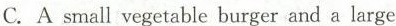
C. A small vegetable burger and a large